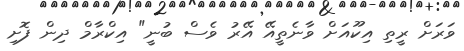
ވަރަށް ރީތި އިކޫއަށް ވާނެތީއޭ އޭރު ވެސް ބުނީ" އިކްރާމް ދިން ފޮށި